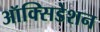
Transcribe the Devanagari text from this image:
ऑक्सिडेशन